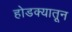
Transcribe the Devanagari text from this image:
होडक्यातून